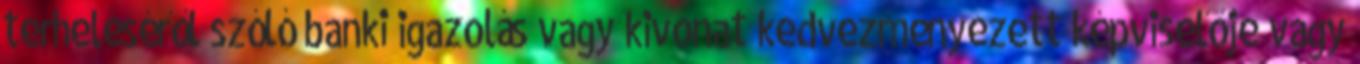
terheléséről szóló banki igazolás vagy kivonat kedvezményezett képviselője vagy